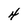
Character: 4